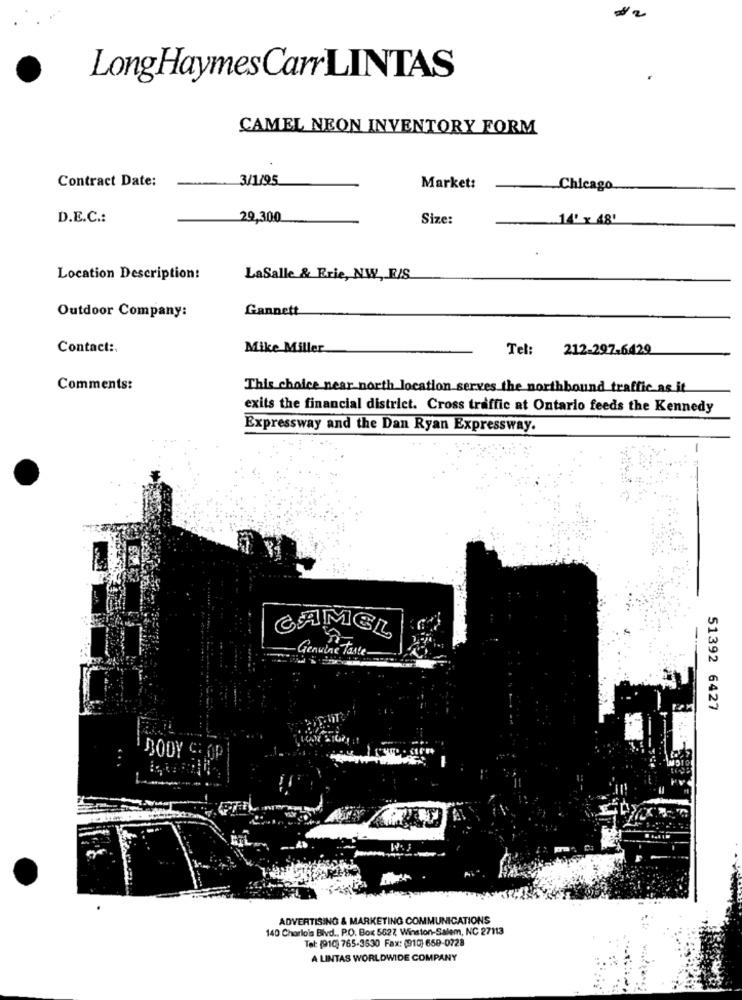
2
LongHaymes CarrLINTAS
CAMEL NEON INVENTORY FORM
Contract Date:
3/1/95
Market:
Chicago
D.E.C .:
29,300
Size:
14' x 480
Location Description:
LaSalle & Erie, NW, E/S.
Gannett
Outdoor Company:
Contact :.
Mike Miller
Tel: 212-297.6429
Comments:
This choice near north location serves the northbound traffic as it
exits the financial district. Cross traffic at Ontario feeds the Kennedy
Expressway and the Dan Ryan Expressway.
CAMEL
Genuine Taste-
51392 6427
BODY C: OP
ADVERTISING & MARKETING COMMUNICATIONS
140 Charlois Blvd ., P.O. Box 5627, Winston-Salem, NC 27113
Tel: (910) 765-3530 Fax: (910) 659-0728
A LINTAS WORLDWIDE COMPANY